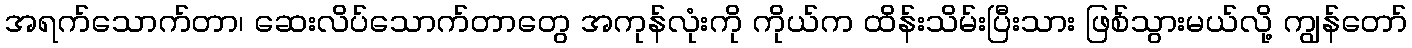
အရက်သောက်တာ၊ ဆေးလိပ်သောက်တာတွေ အကုန်လုံးကို ကိုယ်က ထိန်းသိမ်းပြီးသား ဖြစ်သွားမယ်လို့ ကျွန်တော်